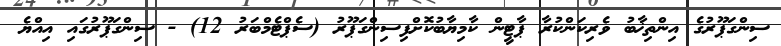
ސިންގަޕޫރުގެ އިންތިޚާބު ވެރިކަންކުރާ ޕާޓީން ކާމިޔާބުކޮށްފިސިންގަޕޫރު (ސެޕްޓެމްބަރު 12) - ސިންގަޕޫރުގައި އިއްޔެ